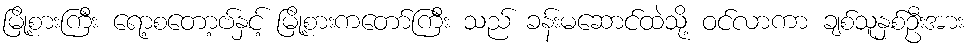
မြို့စားကြီး ရော့စတော့ဗ်နှင့် မြို့စားကတော်ကြီး သည် ခန်းမဆောင်ထဲသို့ ဝင်လာကာ ချစ်သူနှစ်ဦးအား